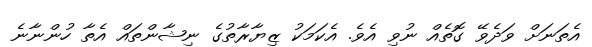
އެތަނަށް ވަދެވޭ ގޮތެއް ނުވި އެވެ. އެކަމަކު ޒިޔާރާތުގެ ނިޝާންތައް އެތާ ހުންނާނެ